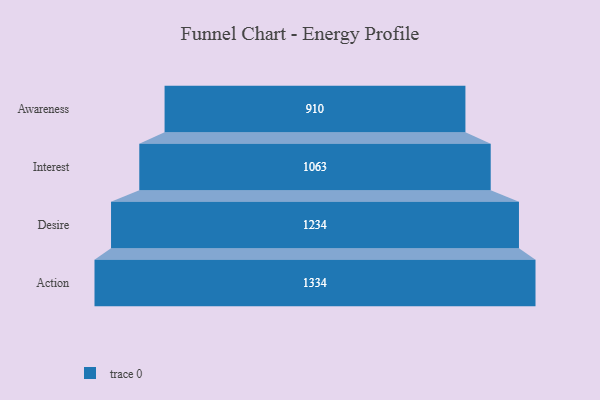
{"axis": {"x": "Stage", "y": "Value"}, "legend": [""], "data": [{"x": "Awareness", "y": 910.0, "type": ""}, {"x": "Interest", "y": 1063.0, "type": ""}, {"x": "Desire", "y": 1234.0, "type": ""}, {"x": "Action", "y": 1334.0, "type": ""}]}